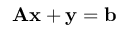
\mathbf { A } \mathbf { x } + \mathbf { y } = \mathbf { b }